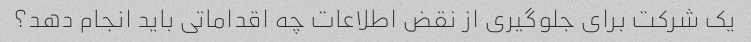
یک شرکت برای جلوگیری از نقض اطلاعات چه اقداماتی باید انجام دهد؟